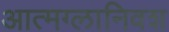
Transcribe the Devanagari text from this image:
आत्मग्लानिवश